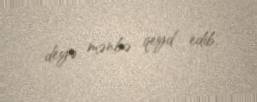
deyə mənbə qeyd edib.